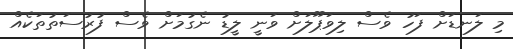
މި ލަނޑަށް ފަހު ވެސް ލިވަޕޫލަށް ވަނީ ލީޑު ނެގުމަށް ވެސް ފުރުސަތުތަކެއް